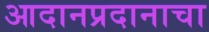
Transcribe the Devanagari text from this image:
आदानप्रदानाचा